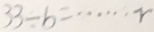
3 3 - b = \cdots r